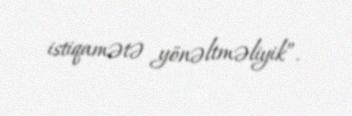
istiqamətə yönəltməliyik”.